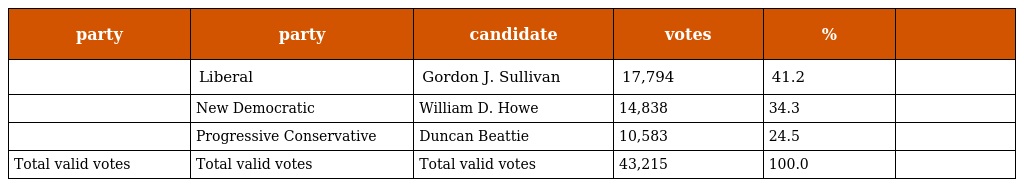
| party | party | candidate | votes | % |  |
 | --- | --- | --- | --- | --- | --- |
 |  | Liberal | Gordon J. Sullivan | 17,794 | 41.2 |  |
 |  | New Democratic | William D. Howe | 14,838 | 34.3 |  |
 |  | Progressive Conservative | Duncan Beattie | 10,583 | 24.5 |  |
 | Total valid votes | Total valid votes | Total valid votes | 43,215 | 100.0 |  |